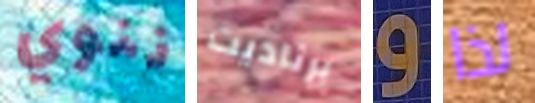
ننوي برناديت و لذا